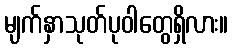
မျက်နှာသုတ်ပုဝါတွေရှိလား။